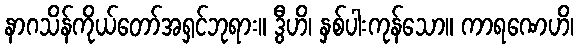
နာဂသိန်ကိုယ်တော်အရှင်ဘုရား။ ဒွီဟိ၊ နှစ်ပါးကုန်သော။ ကာရဏေဟိ၊